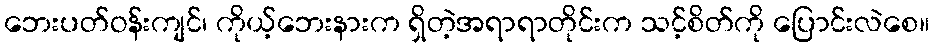
ဘေးပတ်ဝန်းကျင်၊ ကိုယ့်ဘေးနားက ရှိတဲ့အရာရာတိုင်းက သင့်စိတ်ကို ပြောင်းလဲစေ။